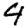
Digit: 4